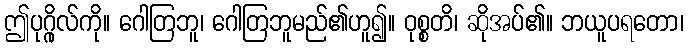
ဤပုဂ္ဂိုလ်ကို။ ဂေါတြဘူ၊ ဂေါတြဘူမည်၏ဟူ၍။ ဝုစ္စတိ၊ ဆိုအပ်၏။ ဘယူပရတော၊